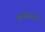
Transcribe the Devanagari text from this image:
कात्रीप्रमाणे